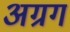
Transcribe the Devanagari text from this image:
अग्रग